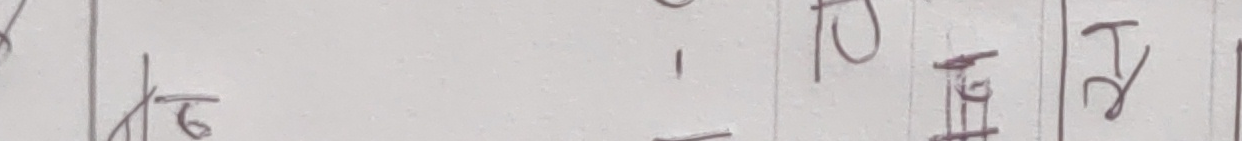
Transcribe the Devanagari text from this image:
टो | ट | टो | ई | ट |